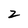
Character: 2